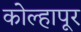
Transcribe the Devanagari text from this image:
काेेल्हापूर